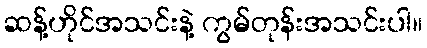
ဆန့်ဟိုင်အသင်းနဲ့ ကွမ်တုန်းအသင်းပါ။